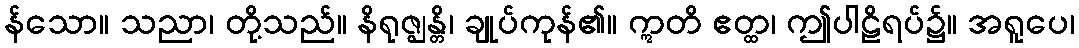
န်သော။ သညာ၊ တို့သည်။ နိရုဇ္ဈန္တိ၊ ချုပ်ကုန်၏။ ဣတိ ဧတ္ထ၊ ဤပါဠိရပ်၌။ အရူပေ၊